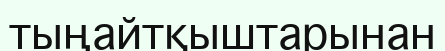
тыңайтқыштарынан